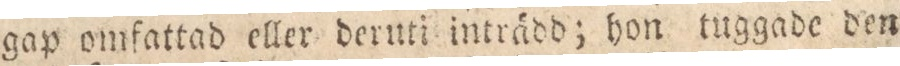
gap omfattad eller deruti inträdd; hon tuggade den